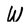
Character: W